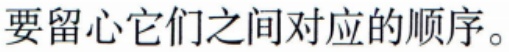
要留心它们之间对应的顺序。